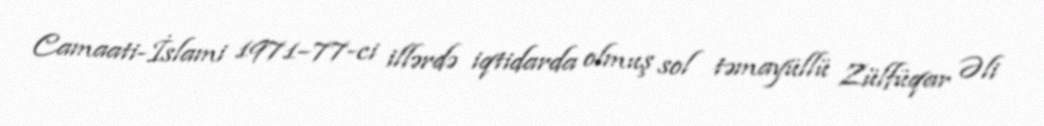
Camaati-İslami 1971–77-ci illərdə iqtidarda olmuş sol təmayüllü Zülfüqar Əli